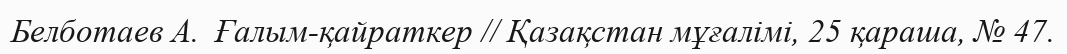
Белботаев А.  Ғалым-қайраткер // Қазақстан мұғалімі, 25 қараша, № 47.